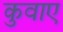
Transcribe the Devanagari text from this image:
कुवाए